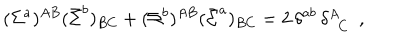
( \Sigma ^ { a } ) ^ { A B } ( \bar { \Sigma } ^ { b } ) _ { B C } + ( \Sigma ^ { b } ) ^ { A B } ( \bar { \Sigma } ^ { a } ) _ { B C } = 2 \, \delta ^ { a b } \, \delta _ { \, \, \, C } ^ { A } ~ ~ ,